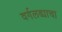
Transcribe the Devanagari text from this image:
वर्गलढ्याचा